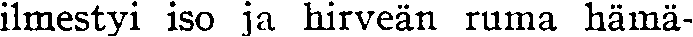
ilmestyi iso ja hirveän ruma hämä-